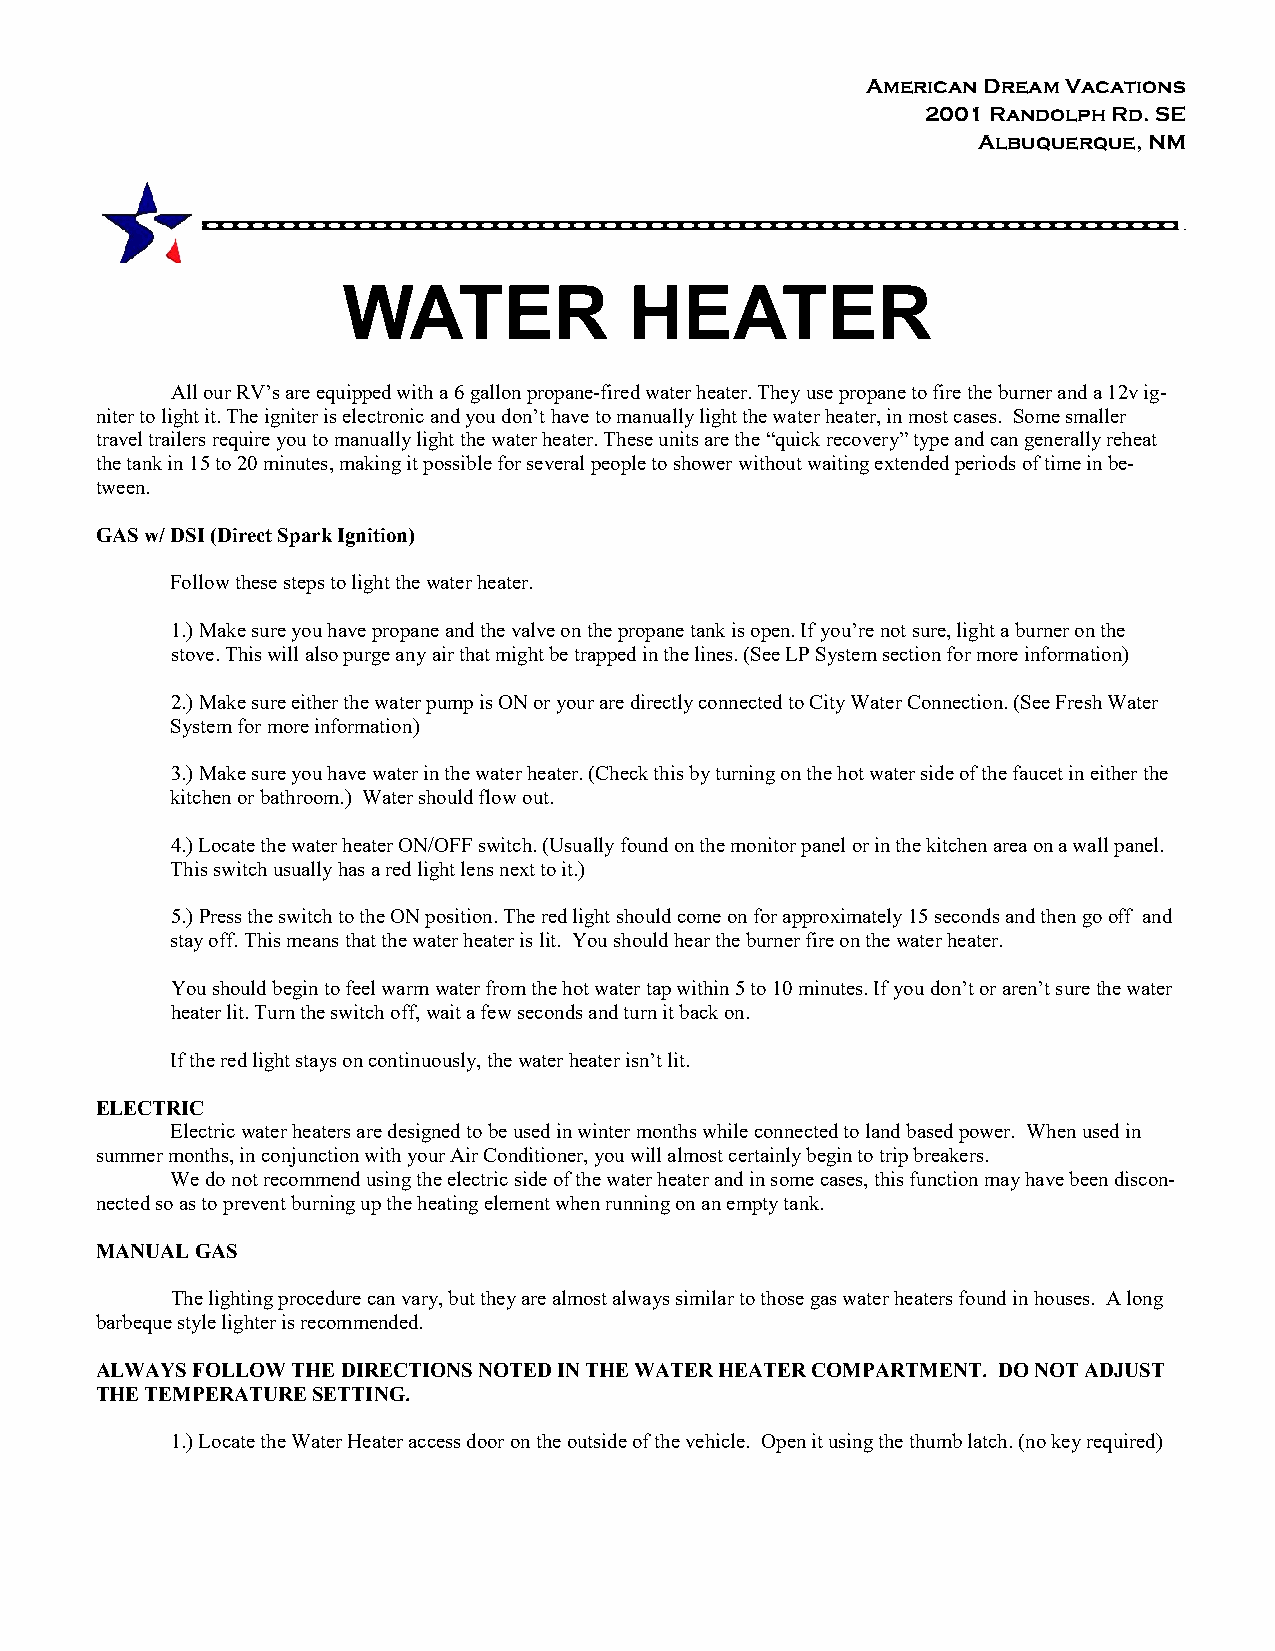
American Dream Vacations
 2001 Randolph Rd. SE
 Albuquerque, NM
 WATER              HEATER
 All our RV’s are equipped with a 6 gallon propane-fired water heater. They use propane to fire the burner and a 12v ig-
 niter to light it. The igniter is electronic and you don’t have to manually light the water heater, in most cases. Some smaller
 travel trailers require you to manually light the water heater. These units are the “quick recovery” type and can generally reheat
 the tank in 15 to 20 minutes, making it possible for several people to shower without waiting extended periods of time in be-
 tween.
 GAS w/ DSI (Direct Spark Ignition)
 Follow these steps to light the water heater.
 1.) Make sure you have propane and the valve on the propane tank is open. If you’re not sure, light a burner on the
 stove. This will also purge any air that might be trapped in the lines. (See LP System section for more information)
 2.) Make sure either the water pump is ON or your are directly connected to City Water Connection. (See Fresh Water
 System for more information)
 3.) Make sure you have water in the water heater. (Check this by turning on the hot water side of the faucet in either the
 kitchen or bathroom.) Water should flow out.
 4.) Locate the water heater ON/OFF switch. (Usually found on the monitor panel or in the kitchen area on a wall panel.
 This switch usually has a red light lens next to it.)
 5.) Press the switch to the ON position. The red light should come on for approximately 15 seconds and then go off and
 stay off. This means that the water heater is lit. You should hear the burner fire on the water heater.
 You should begin to feel warm water from the hot water tap within 5 to 10 minutes. If you don’t or aren’t sure the water
 heater lit. Turn the switch off, wait a few seconds and turn it back on.
 If the red light stays on continuously, the water heater isn’t lit.
 ELECTRIC
 Electric water heaters are designed to be used in winter months while connected to land based power. When used in
 summer months, in conjunction with your Air Conditioner, you will almost certainly begin to trip breakers.
 We do not recommend using the electric side of the water heater and in some cases, this function may have been discon-
 nected so as to prevent burning up the heating element when running on an empty tank.
 MANUAL GAS
 The lighting procedure can vary, but they are almost always similar to those gas water heaters found in houses. A long
 barbeque style lighter is recommended.
 ALWAYS FOLLOW THE DIRECTIONS NOTED IN THE WATER HEATER COMPARTMENT. DO NOT ADJUST
 THE TEMPERATURE SETTING.
 1.) Locate the Water Heater access door on the outside of the vehicle. Open it using the thumb latch. (no key required)